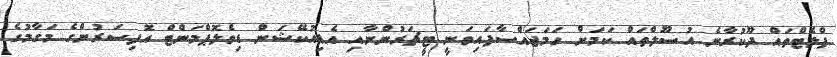
ފްލެޓްތައް ދޫކުރާނެ އުސޫލްތައް ކަމަށް ހަމަޖައްސާފައިވަނީ ޓީޗަރުންނާއި އެޑިއުކޭޝަން ޑިވެލޮޕްމަންޓް އޮފިސަރުންގެ މަގާމުގެ